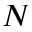
N